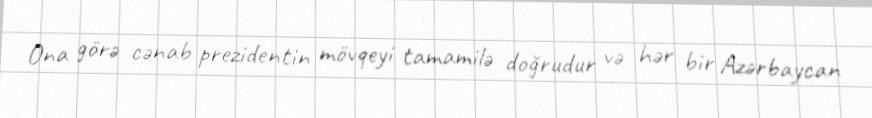
Ona görə cənab prezidentin mövqeyi tamamilə doğrudur və hər bir Azərbaycan